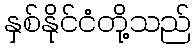
နှစ်နိုင်ငံတို့သည်